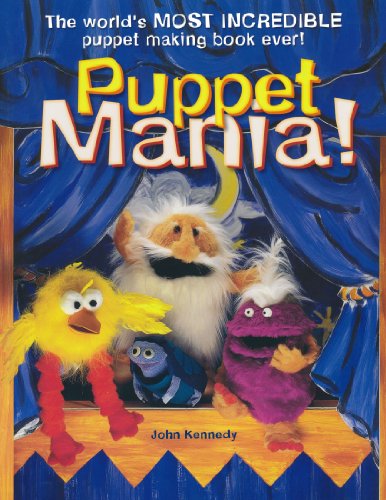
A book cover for Puppet Mania!; John Kennedy; Crafts, Hobbies & Home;